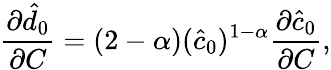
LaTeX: \frac{\partial\hat{d}_{0}}{\partial C}=(2-\alpha)(\hat{c}_{0})^{1-\alpha}\frac{\partial\hat{c}_{0}}{\partial C},